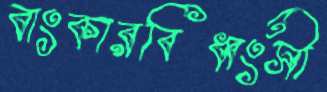
বাংকারবিধ্বংসী